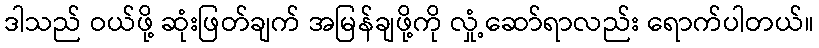
ဒါသည် ဝယ်ဖို့ ဆုံးဖြတ်ချက် အမြန်ချဖို့ကို လှုံ့ဆော်ရာလည်း ရောက်ပါတယ်။